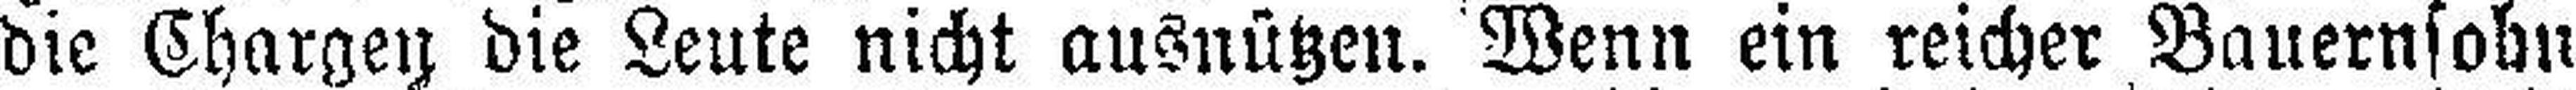
die Chargen die Leute nicht ausnützen. Wenn ein reicher Bauernsohn